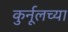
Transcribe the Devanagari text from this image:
कुर्नूलच्या